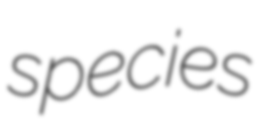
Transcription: species